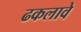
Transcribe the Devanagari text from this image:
ढकलावे